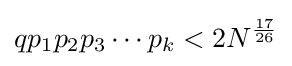
qp_{1}p_{2}p_{3}\cdots p_{k}<2N^{\frac {17}{26}}